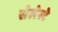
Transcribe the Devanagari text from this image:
सेलेस्टे